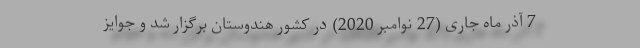
7 آذر ماه جاری (27 نوامبر 2020) در کشور هندوستان برگزار شد و جوایز